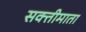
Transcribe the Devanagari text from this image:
सक्तीमाता